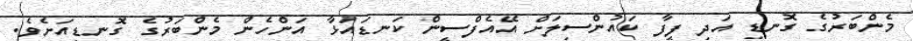
މެންބަރުގެ ގޮނޑި އަދި ފީފާ ކައުންސިލަށް އޭއެފްސީން ކަނޑައަޅާ އަންހެން މެންބަރުގެ ގޮނޑިއަށެވެ.